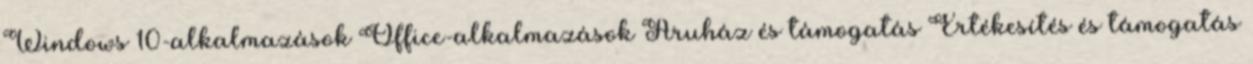
Windows 10-alkalmazások Office-alkalmazások Áruház és támogatás Értékesítés és támogatás